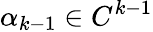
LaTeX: \alpha_{k-1}\in C^{k-1}